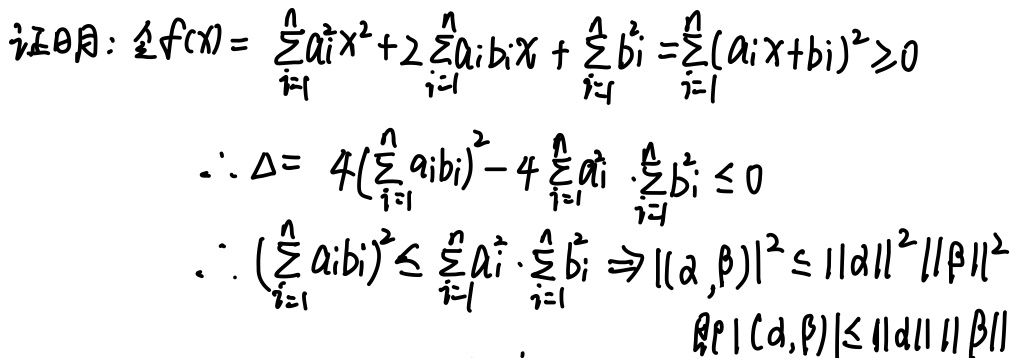
证明：令$f(x)=\sum_{i = 1}^{n}a_{i}^{2}x^{2}+2\sum_{i = 1}^{n}a_{i}b_{i}x+\sum_{i = 1}^{n}b_{i}^{2}=\sum_{i = 1}^{n}(a_{i}x + b_{i})^{2}\geq0$

$\therefore\Delta = 4(\sum_{i = 1}^{n}a_{i}b_{i})^{2}-4\sum_{i = 1}^{n}a_{i}^{2}\cdot\sum_{i = 1}^{n}b_{i}^{2}\leq0$

$\therefore(\sum_{i = 1}^{n}a_{i}b_{i})^{2}\leq\sum_{i = 1}^{n}a_{i}^{2}\cdot\sum_{i = 1}^{n}b_{i}^{2}\Rightarrow|(\alpha,\beta)|^{2}\leq\|\alpha\|^{2}\|\beta\|^{2}$

即$|(\alpha,\beta)|\leq\|\alpha\|\|\beta\|$